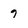
Character: 9